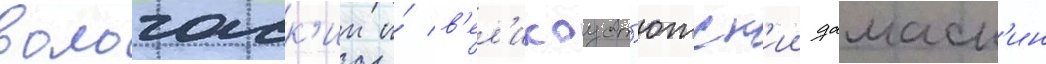
вологодск'ии и́ в'ел'икоуст'южск'ии дамаск'ин